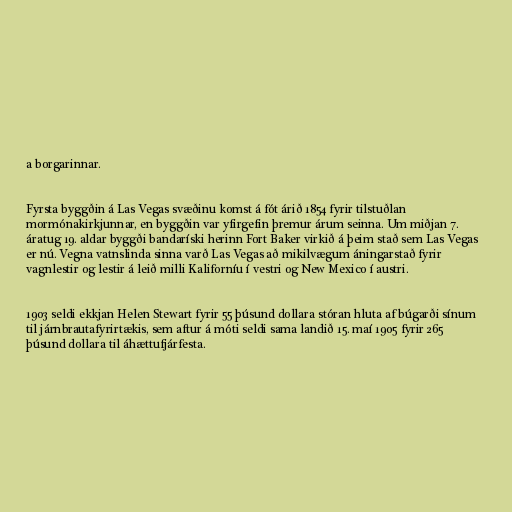
a borgarinnar.

Fyrsta byggðin á Las Vegas svæðinu komst á fót árið 1854 fyrir tilstuðlan
mormónakirkjunnar, en byggðin var yfirgefin þremur árum seinna. Um miðjan 7.
áratug 19. aldar byggði bandaríski herinn Fort Baker virkið á þeim stað sem Las Vegas
er nú. Vegna vatnslinda sinna varð Las Vegas að mikilvægum áningarstað fyrir
vagnlestir og lestir á leið milli Kaliforníu í vestri og New Mexico í austri.

1903 seldi ekkjan Helen Stewart fyrir 55 þúsund dollara stóran hluta af búgarði sínum
til járnbrautafyrirtækis, sem aftur á móti seldi sama landið 15. maí 1905 fyrir 265
þúsund dollara til áhættufjárfesta.